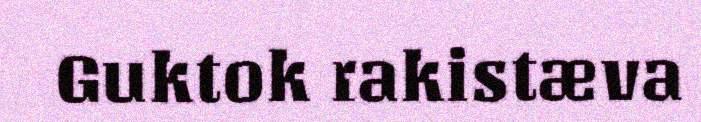
Guktok rakistæva